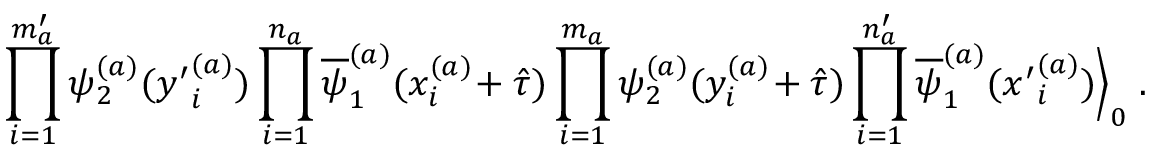
\prod _ { i = 1 } ^ { m _ { a } ^ { \prime } } \psi _ { 2 } ^ { ( a ) } ( { y ^ { \prime } } _ { i } ^ { ( a ) } ) \prod _ { i = 1 } ^ { n _ { a } } \overline { { { \psi } } } _ { 1 } ^ { ( a ) } ( x _ { i } ^ { ( a ) } \! + \hat { \tau } ) \prod _ { i = 1 } ^ { m _ { a } } \psi _ { 2 } ^ { ( a ) } ( y _ { i } ^ { ( a ) } \! + \hat { \tau } ) \prod _ { i = 1 } ^ { n _ { a } ^ { \prime } } \overline { { { \psi } } } _ { 1 } ^ { ( a ) } ( { x ^ { \prime } } _ { i } ^ { ( a ) } ) \Big \rangle _ { 0 } \; .